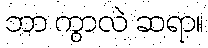
ဘာ ကွာလဲ ဆရာ။